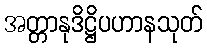
အတ္တာနုဒိဋ္ဌိပဟာနသုတ်